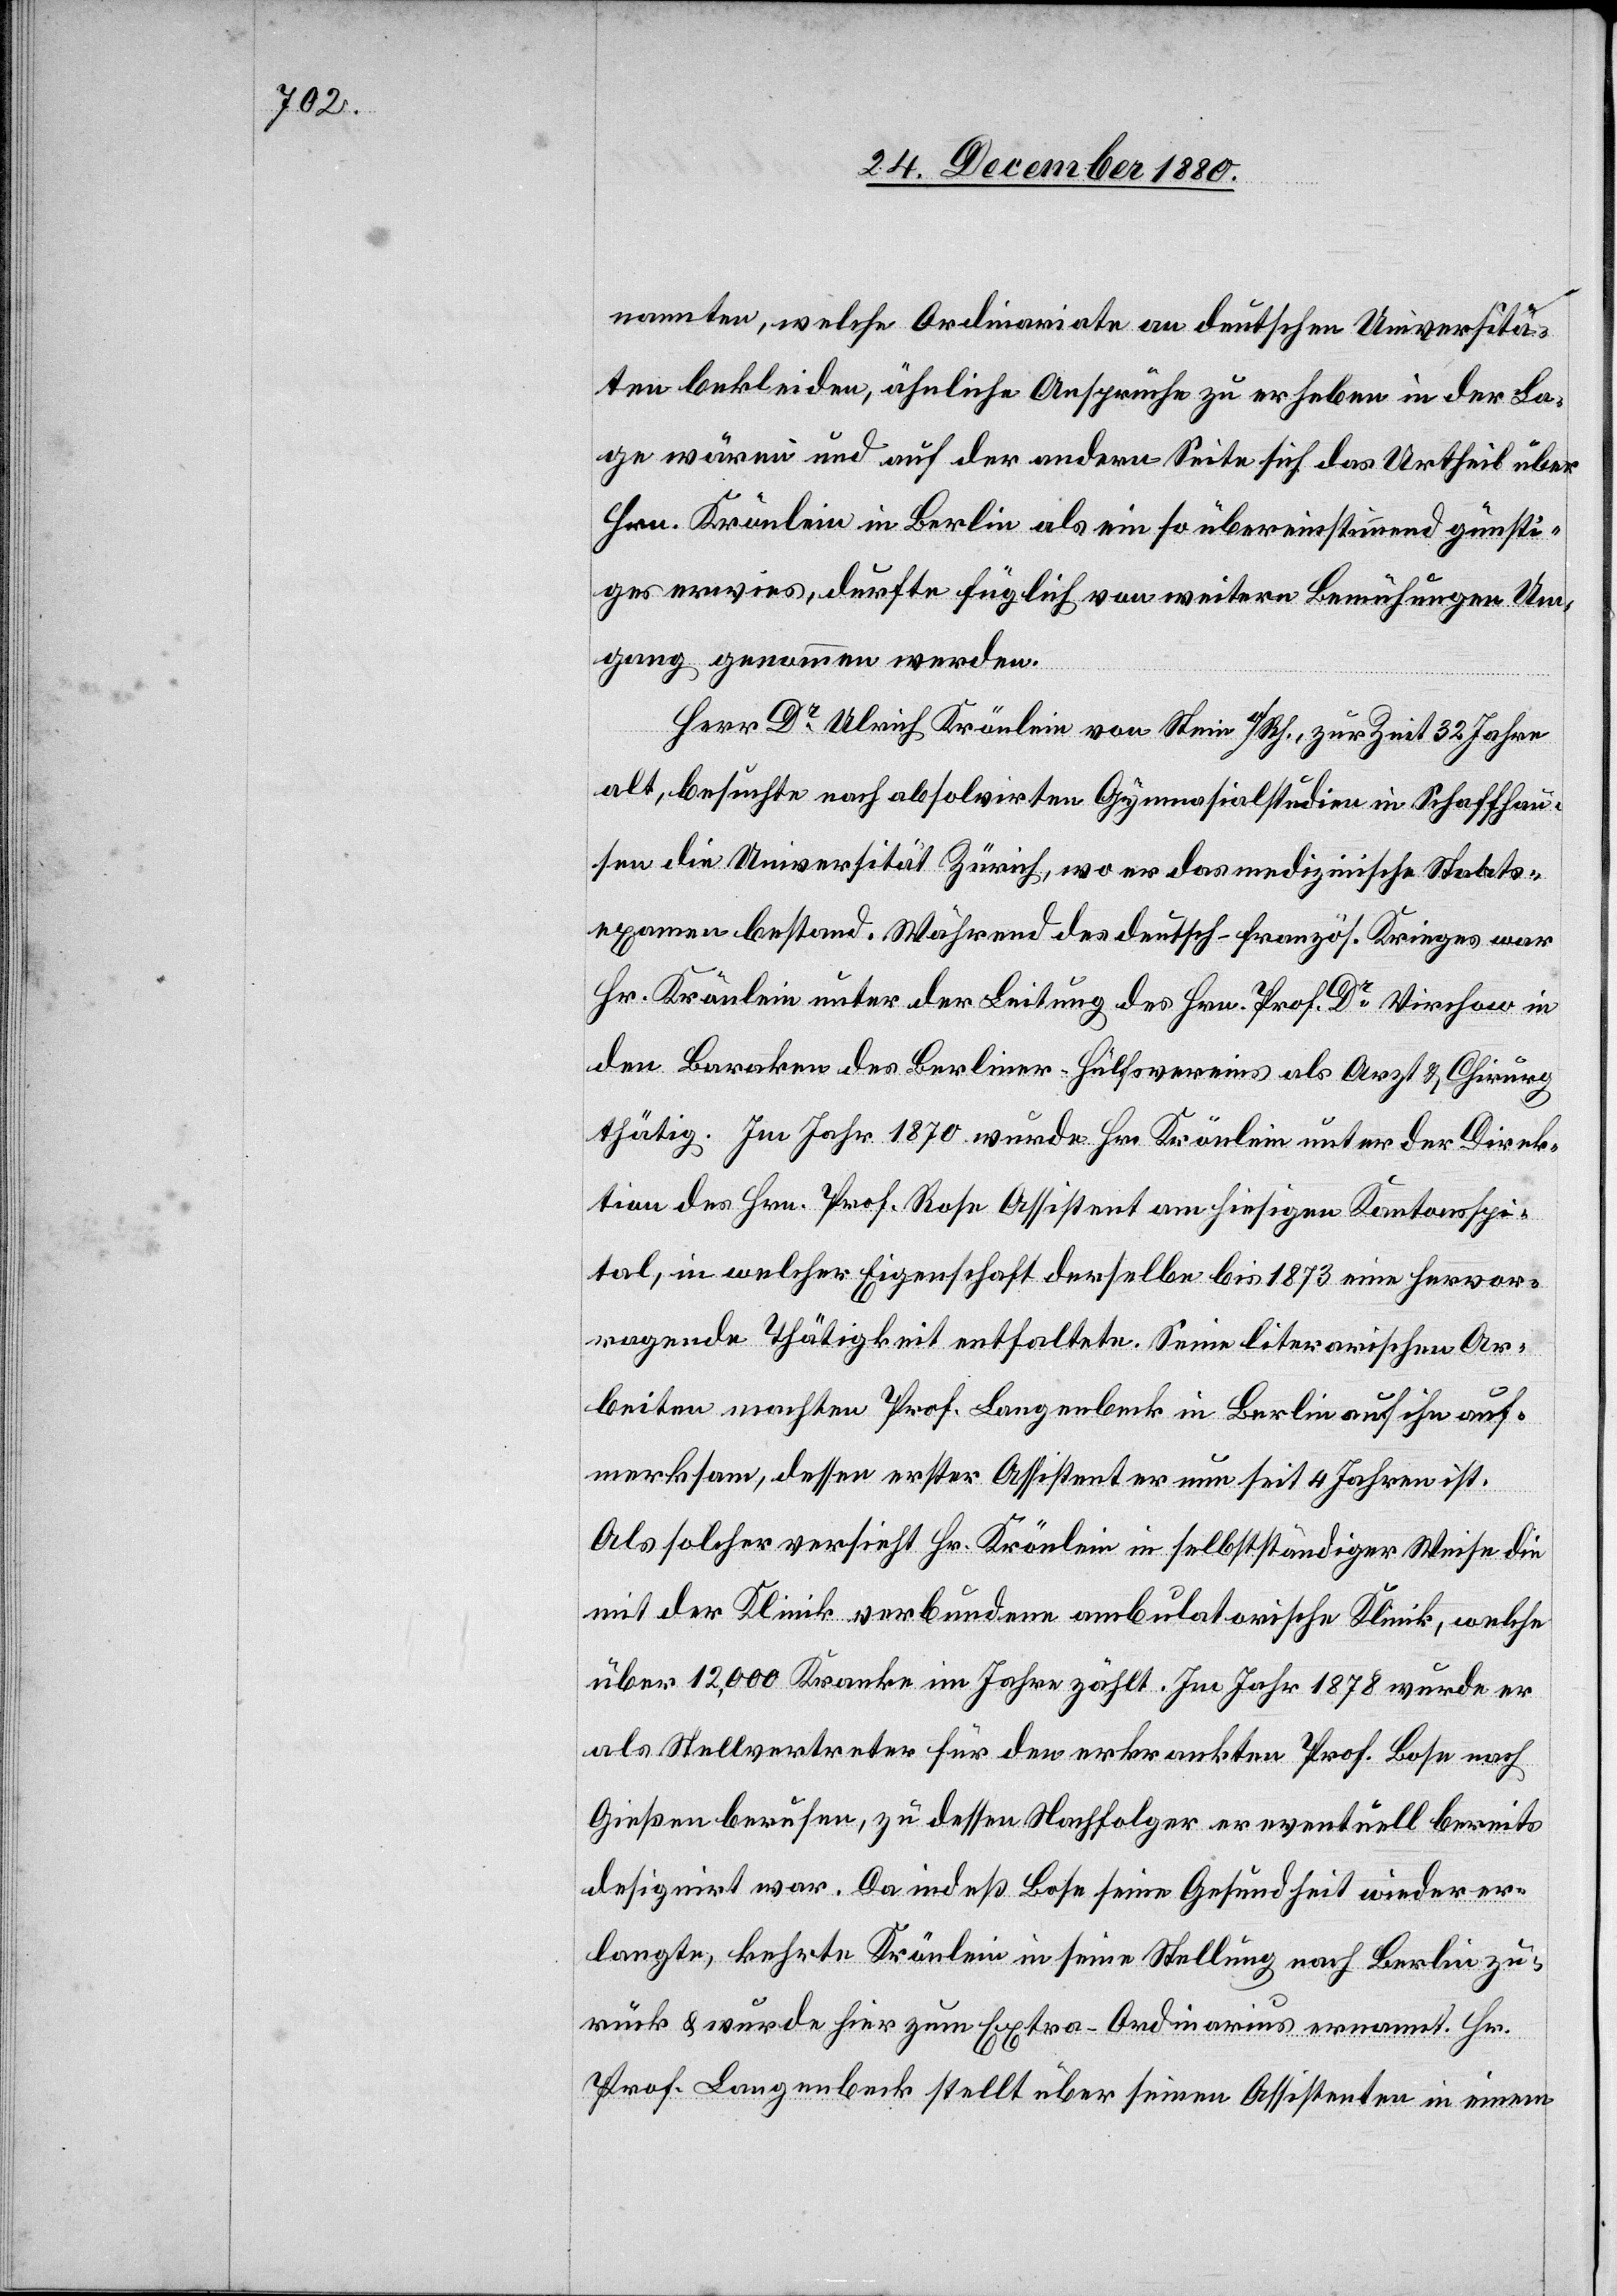
nannten, welche Ordinariate an deutschen Universitä¬
ten bekleiden, ähnliche Ansprüche zu erheben in der La¬
ge wären und auf der andern Seite sich das Urtheil über
Hrn. Krönlein in Berlin als ein so übereinstimmend günsti¬
ges erwies, durfte füglich von weitern Bemühungen Um¬
gang genommen werden.
Herr Dr Ulrich Krönlein von Stein a/Rh., zur Zeit 32 Jahre
alt, besuchte nach absolvirten Gymnasialstudien in Schaffhau¬
sen die Universität Zürich, wo er das medizinische Staats¬
examen bestand. Während des deutsch-französ. Krieges war
Hr. Krönlein unter der Leitung des Hrn. Prof. Dr Virchow in
den Baraken des Berliner-Hülfsvereins als Arzt & Chirurg
thätig. Im Jahr 1870 wurde Hr. Krönlein unter der Direk¬
tion des Hrn. Prof. Rose Assistent am hiesigen Kantonsspi¬
tal, in welcher Eigenschaft derselbe bis 1873 eine hervor¬
ragende Thätigkeit entfaltete. Seine literarischen Ar¬
beiten machten Prof. Langenbeck in Berlin auf die ihn auf¬
merksam, dessen erster Assistent er nun seit 4 Jahren ist.
Als solcher versieht Hr. Krönlein in selbstständiger Weise die
mit der Klinik verbundene ambulatorische Klinik, welche
über 12,000 Kranke im Jahre zählt. Im Jahr 1878 wurde er
als Stellvertreter für den erkrankten Prof. Bose nach
Gießen berufen, zu dessen Nachfolger er eventuell bereits
designirt war. Da indeß Bose seine Gesundheit wieder er¬
langte, kehrte Krönlein in seine Stellung nach Berlin zu¬
rück & wurde hier zum Extra-Ordinarius ernannt. Hr.
Prof. Langenbeck stellt über seinen Assistenten in einem